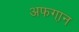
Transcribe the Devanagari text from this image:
अफगा़न